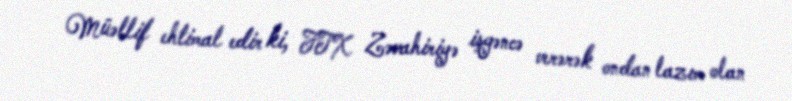
Müəllif ehtimal edir ki, FTX Zəvahiriyə işgəncə verərək ondan lazım olan